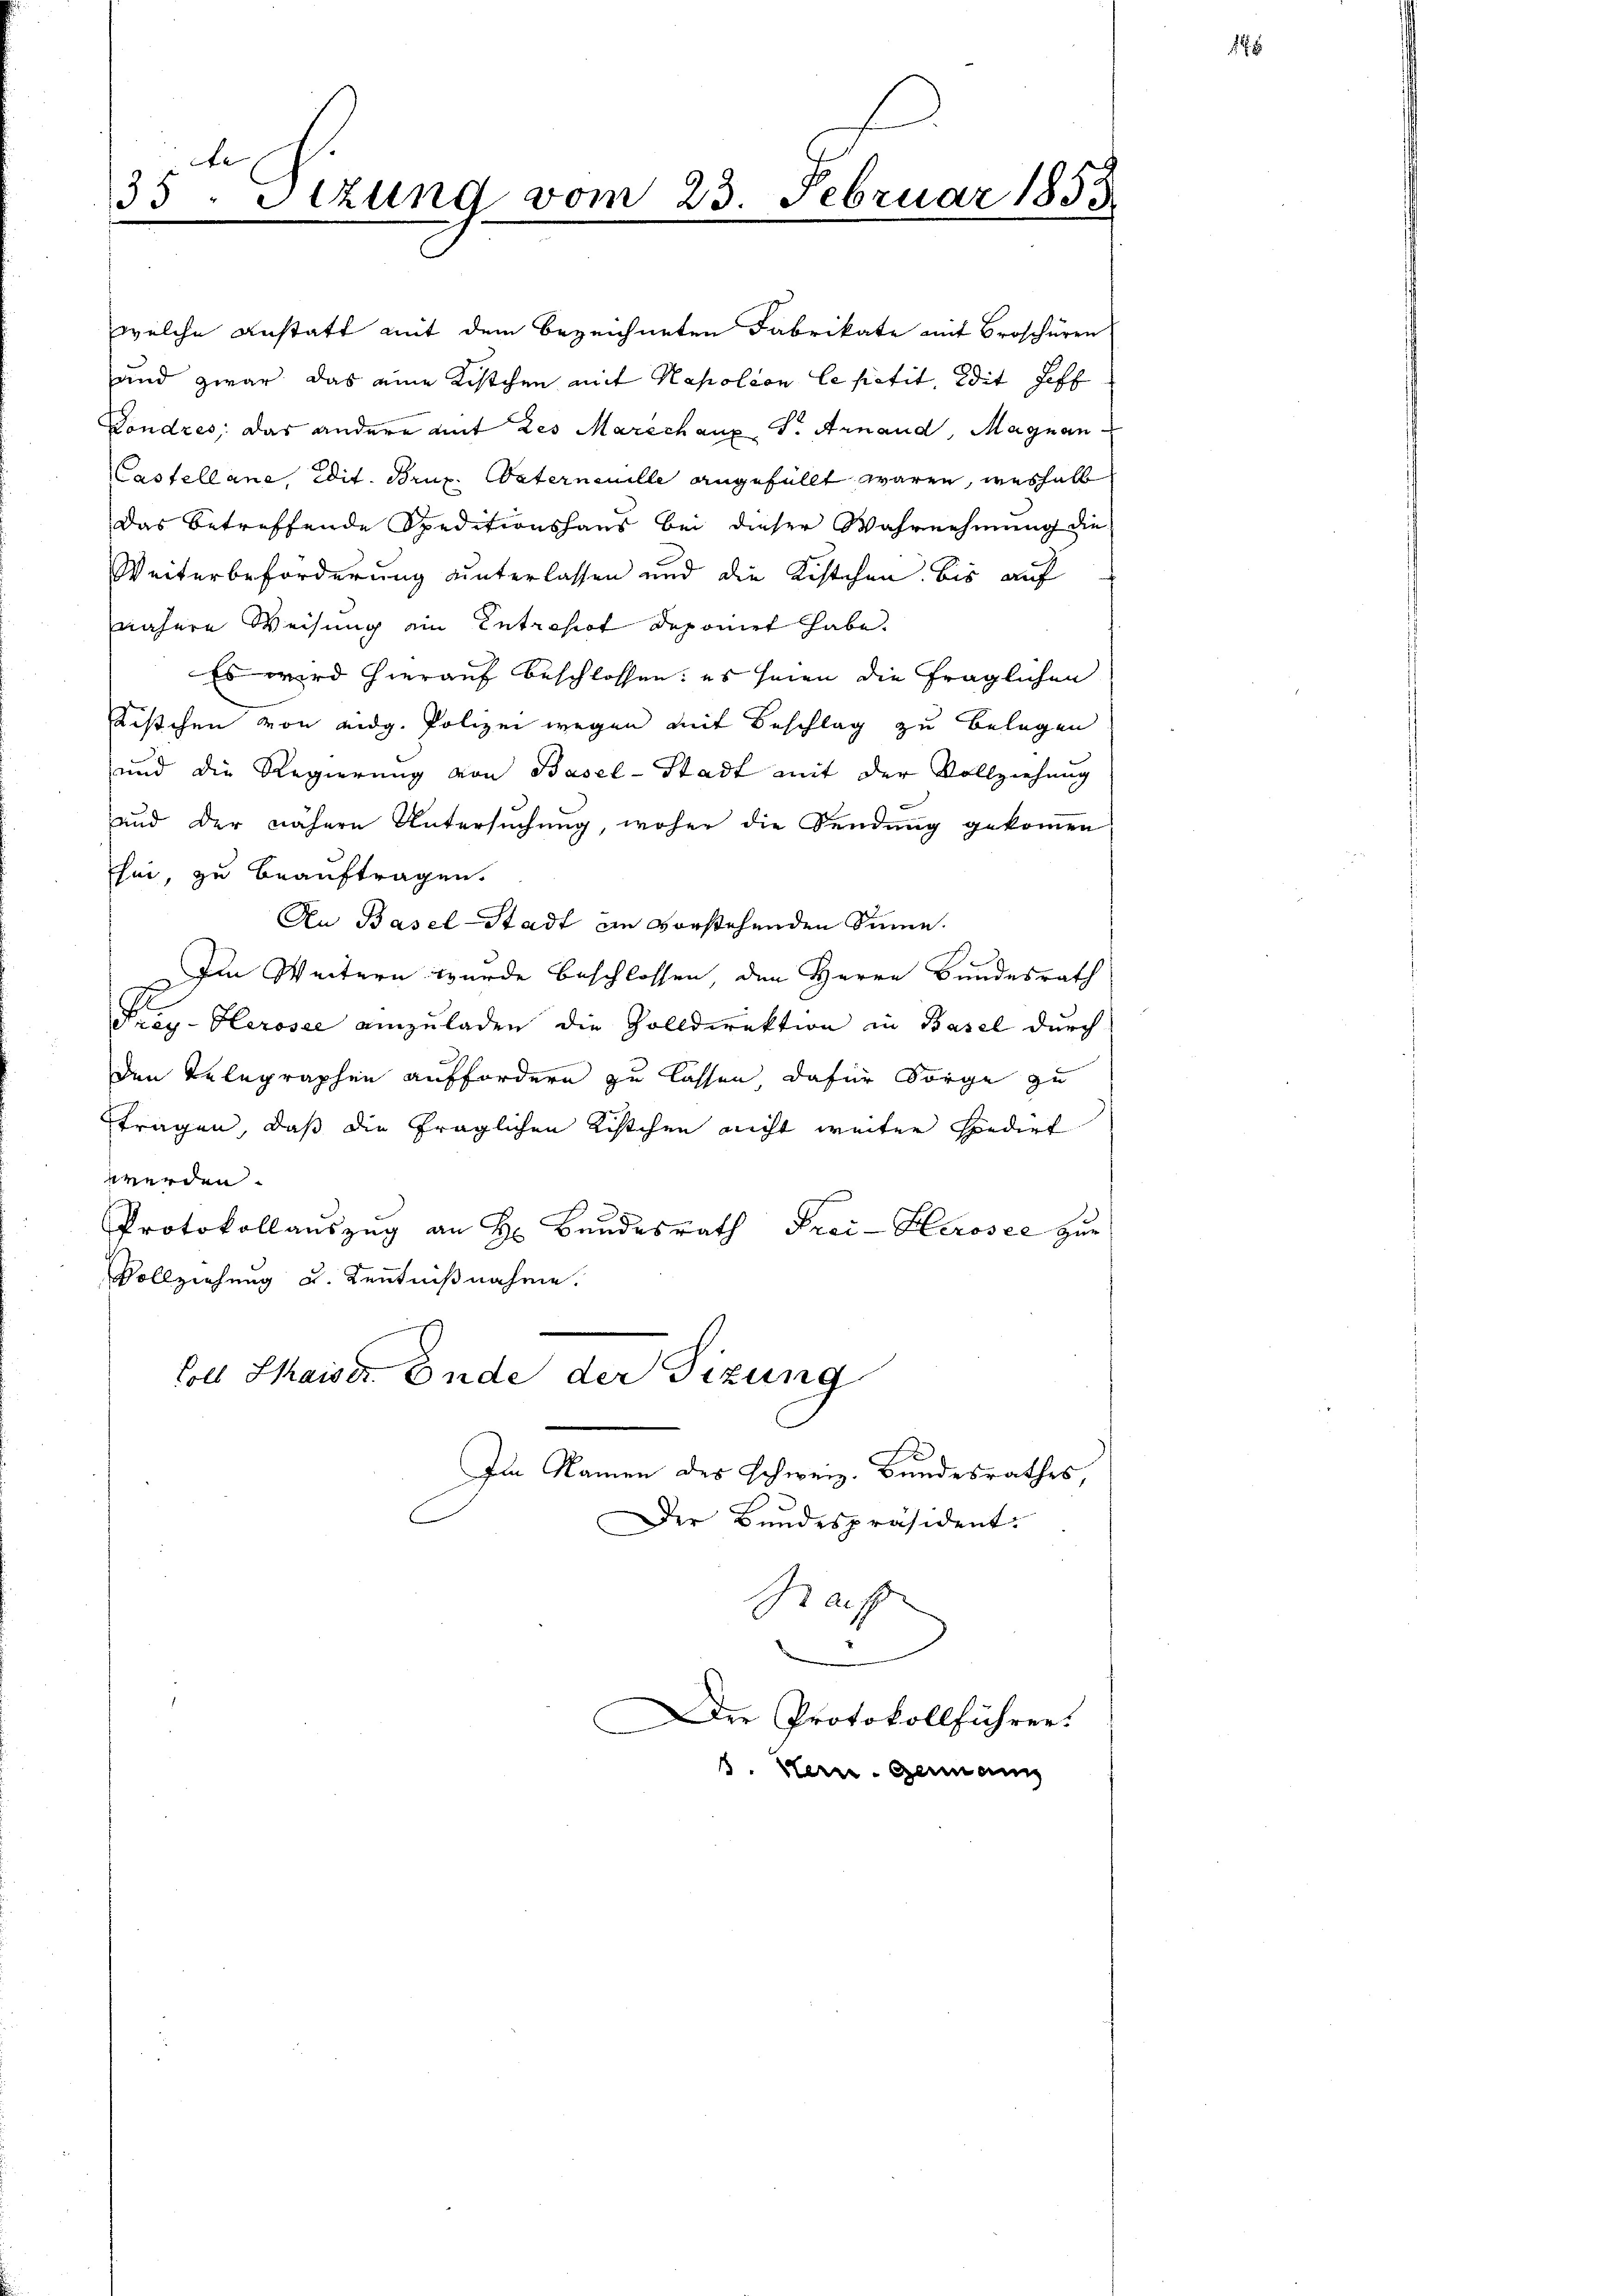
und der nähere Untersuchung, woher die Sendung gekommen
sei, zu beauftragen.
An Basel-Stadt an vorstehenden Sinne.
Im Weitern wurde beschlossen, den Herrn Bundesrath
Fray-Herosee einzuladen die Zolldirektion in Basel durch
den Telegraphen auffordern zu lassen, dafür Sorge zu
tragen, daß die fraglichen Kistchen nicht weiter Hedirt
werden.
x
Protokollauszug an Hr. Bundesrath Frei-Herosee zur
Vollziehung u. Kenntnißnahme.
Soll Shaiser. Ende der Tizung
Im Namen des Schweiz. Bundesrathes,
Der Bundespräsident.
Bas

35. Stzung vom 23. Februar 1855.
e

welche Anstatt mit dem bezeichneten Fabrikate mit Broschüren
und zwar das eine Kistchen mit Napoleon le petit, Wit Hoff
Vondres, das andere mit des Marechang S. Arnand, Magnan
Castelland, eit. Brux. Vaternenille angefüllt waren, weshalb
das betreffende Speditionshaus bei dieser Wahrnehmung die
Weiterbeforderung unterlassen und die Kistchen bis auf
nähere Weisung ein Entropist deponiet habe.
Es wird hierauf beschlossen: es seien die fraglichen
Kistchen von eidg. Polizei wegen mit Beschlag zu belegen
und die Regierung von Basel-Stadt mit der Vollziehung

Die Protokollführen.
8. Hern. Germann

1